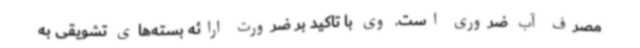
مصرف آب ضروری است. وی با تاکید بر ضرورت ارائه بسته‌های تشویقی به